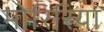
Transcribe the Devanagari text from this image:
मोरिरिया